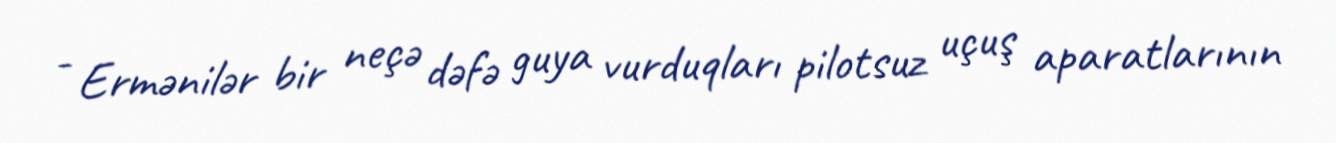
- Ermənilər bir neçə dəfə guya vurduqları pilotsuz uçuş aparatlarının